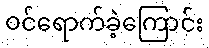
ဝင်ရောက်ခဲ့ကြောင်း